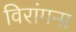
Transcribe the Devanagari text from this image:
विरांगना